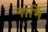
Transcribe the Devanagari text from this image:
नाभिं